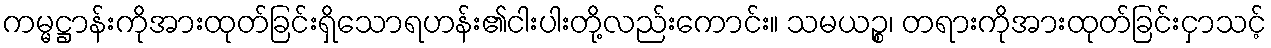
ကမ္မဋ္ဌာန်းကိုအားထုတ်ခြင်းရှိသောရဟန်း၏ငါးပါးတို့လည်းကောင်း။ သမယဉ္စ၊ တရားကိုအားထုတ်ခြင်းငှာသင့်